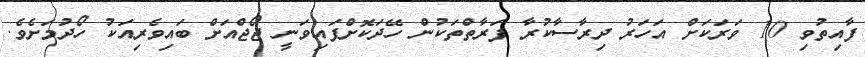
ފާއިތުވި 10 ވަރަކަށް އަހަރު ދިރާސާކުރާ ފަރާތްތަކުން ހޭދަކޮށްފައިވަނީ ޖޯޖްއަށް ބައިވެރިއަކު ހޯދުމަށެވެ.